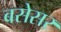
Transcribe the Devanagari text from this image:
बसेसर